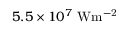
5 . 5 \times 1 0 ^ { 7 } \ \mathrm { W m ^ { - 2 } }